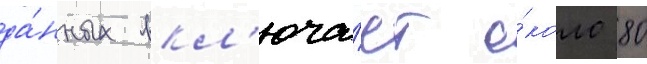
да́нных вкл'юча́ет о́коло 80